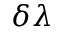
\delta \lambda